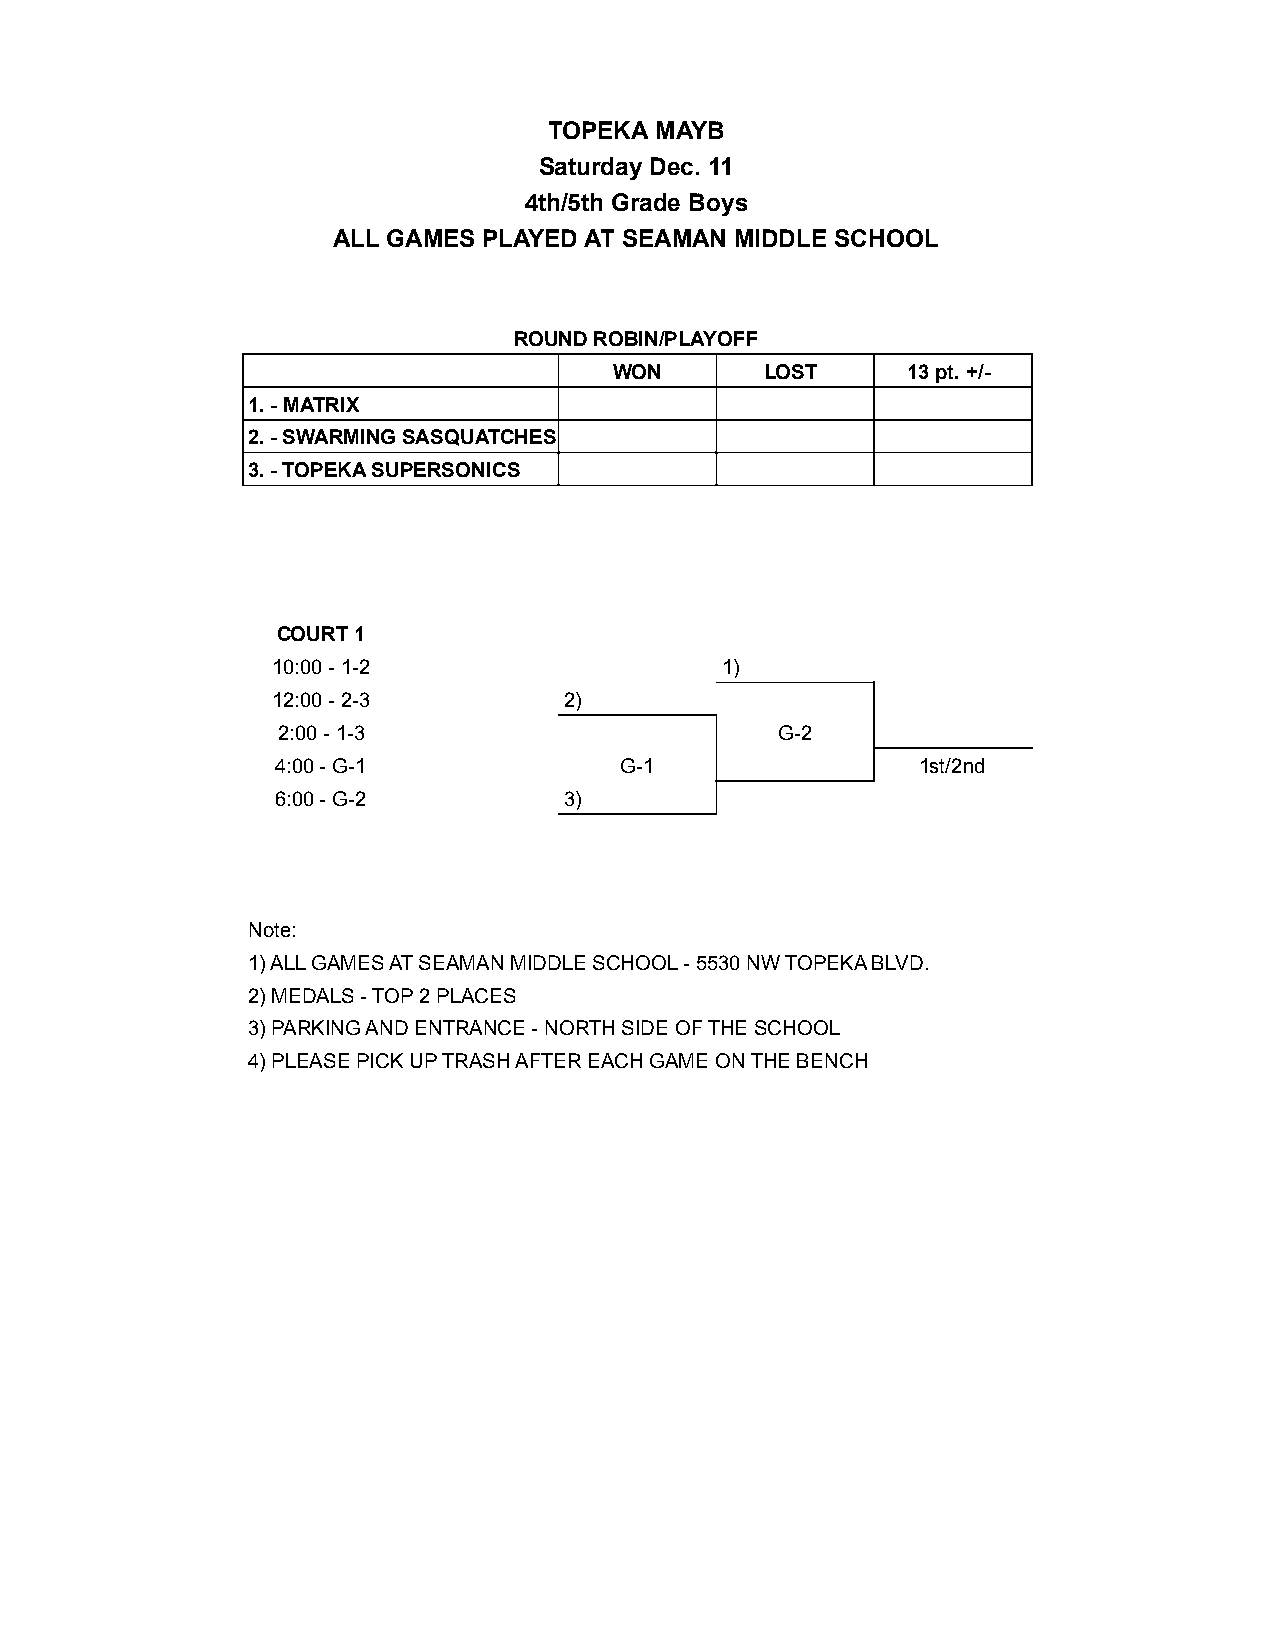
TOPEKA MAYB
 Saturday Dec. 11
 4th/5th Grade Boys
 ALL GAMES PLAYED AT SEAMAN MIDDLE SCHOOL
 ROUND ROBIN/PLAYOFF
 WON       LOST     13 pt. +/-
 1.- MATRIX
 2.- SWARMING SASQUATCHES
 3.- TOPEKA SUPERSONICS
 COURT 1
 10:00 - 1-2                   1)
 12:00 - 2-3        2)
 2:00 - 1-3                        G-2
 4:00 - G-1             G-1                 1st/2nd
 6:00 - G-2         3)
 Note:
 1)ALL GAMES AT SEAMAN MIDDLE SCHOOL - 5530 NW TOPEKA BLVD.
 2)MEDALS - TOP 2 PLACES
 3)PARKING AND ENTRANCE - NORTH SIDE OF THE SCHOOL
 4)PLEASE PICK UP TRASH AFTER EACH GAME ON THE BENCH